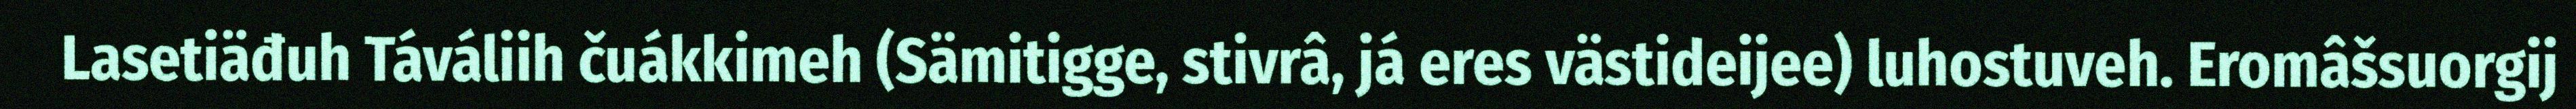
Lasetiäđuh Táváliih čuákkimeh (Sämitigge, stivrâ, já eres västideijee) luhostuveh. Eromâšsuorgij